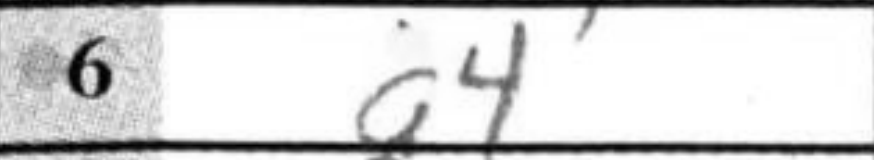
Transcription: a4